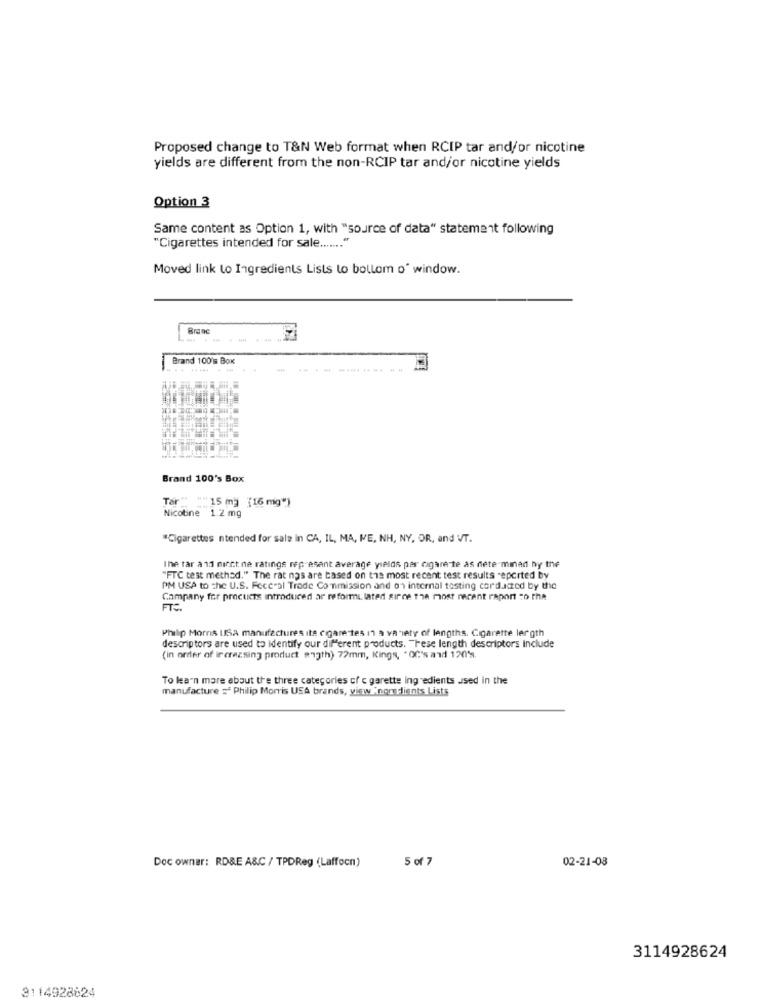
Proposed change to T&N Web format when RCIP tar and/or nicotine
yields are different from the non-RCIP tar and/or nicotine yields
Option 3
Same content as Option 1, with "source of data" statement following
"Cigarettes intended for sale ....... "
Moved link to Ingredients Lists to bollom o" window.
Branc
Brand 100's Box
Brand 100's Box
Ter "
"15 m] [16 mg")
Nicotine 1.2 mg
*Cigarettes ntended for sale in CA, IL, MA, IE, NH, NY, OR, and VT.
Ine tar a 11 nict ne ratings represant average yields per cigare te as nete minad ny the
"FTC test method." The rat nas are based on the most recent test results reported by
PM USA to the U.S. Fecc"al Trade Commission and on internal testing cordscted by the
Company for procucts introduced ar reformi. later girne the most recent raport to the
Philip Morris usa manufactures ite cigarettes in a variety of lengths. Cigarette ler gth
descriptors are used to identify our different products. "Tese length descriptors include
(in order of increasing product angth) 72mm, Kings, "OC's and 120's.
To learn more about the three categories of c garette ingredients used in the
manufacture =" Philip Morris USA brands, view "ngredients Lists
5 of 7
02-21-08
Doc owner: RD&E A&C / TPDReg (Laffocn)
3114928624
3114928824